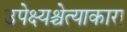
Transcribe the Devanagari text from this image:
उपेक्ष्यश्चेत्याकारा